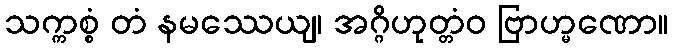
သက္ကစ္စံ တံ နမဿေယျ၊ အဂ္ဂိဟုတ္တံဝ ဗြာဟ္မဏော။